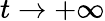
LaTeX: t\rightarrow+\infty